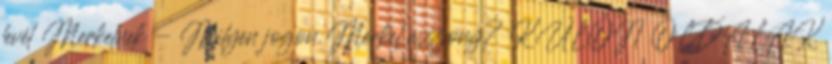
levél Merkelnek - Milyen jogon Merkel asszony? KÜLÖN OLDALAK